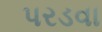
પરડવા